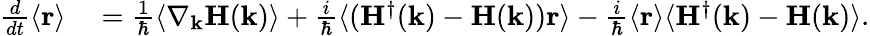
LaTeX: \begin{array}{rl}{\frac{d}{dt}\langle\mathbf{r}\rangle}&{{}=\frac{1}{\hbar}\langle\nabla_{\mathbf{k}}\mathbf{H}(\mathbf{k})\rangle+\frac{i}{\hbar}\langle(\mathbf{H}^{\dagger}(\mathbf{k})-\mathbf{H}(\mathbf{k}))\mathbf{r}\rangle-\frac{i}{\hbar}\langle\mathbf{r}\rangle\langle\mathbf{H}^{\dagger}(\mathbf{k})-\mathbf{H}(\mathbf{k})\rangle.}\end{array}